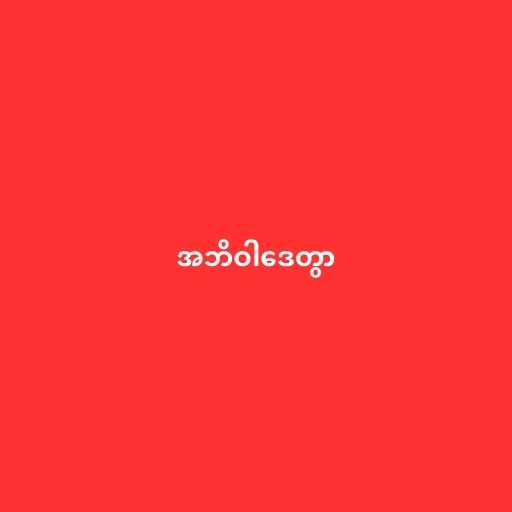
အဘိဝါဒေတွာ